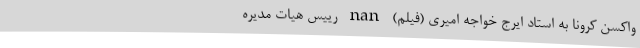
واکسن کرونا به استاد ایرج خواجه امیری (فیلم) nan رییس هیات مدیره